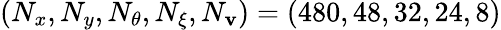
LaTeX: \left(N_{x},N_{y},N_{\theta},N_{\xi},N_{\mathbf{v}}\right)=(480,48,32,24,8)